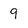
Character: 9